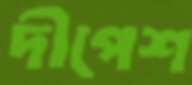
দীপেশ